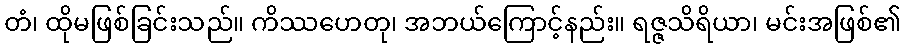
တံ၊ ထိုမဖြစ်ခြင်းသည်။ ကိဿဟေတု၊ အဘယ်ကြောင့်နည်း။ ရဇ္ဇသိရိယာ၊ မင်းအဖြစ်၏